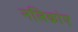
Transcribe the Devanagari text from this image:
नलिकांए